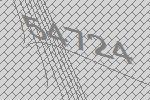
54724